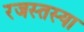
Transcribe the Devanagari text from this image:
रजस्तस्या